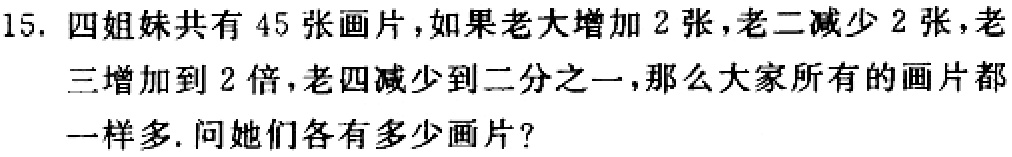
15. 四姐妹共有 45 张画片，如果老大增加 2 张，老二减少 2 张，老三增加到 2 倍，老四减少到二分之一，那么大家所有的画片都一样多. 问她们各有多少画片？